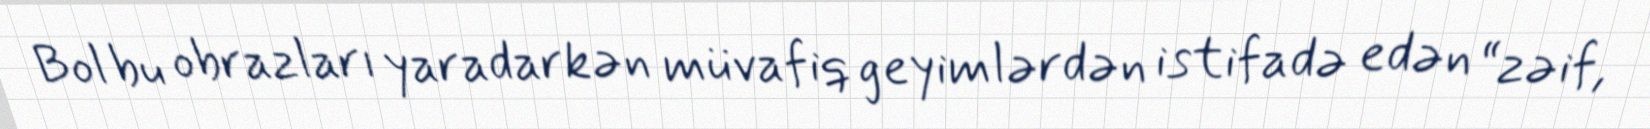
Bol bu obrazları yaradarkən müvafiq geyimlərdən istifadə edən “zəif,